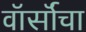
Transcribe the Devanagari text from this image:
वॉर्सॉचा